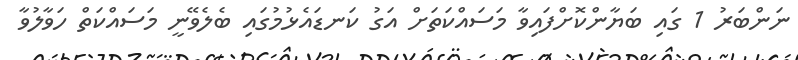
ނަންބަރު 1 ގައި ބަޔާންކޮށްފައިވާ މަސައްކަތަށް އަގު ކަނޑައެޅުމުގައި ބެލެވޭނީ މަސައްކަތް ހަވާލުވާ